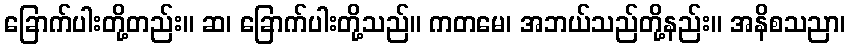
ခြောက်ပါးတို့တည်း။ ဆ၊ ခြောက်ပါးတို့သည်။ ကတမေ၊ အဘယ်သည်တို့နည်း။ အနိစသညာ၊